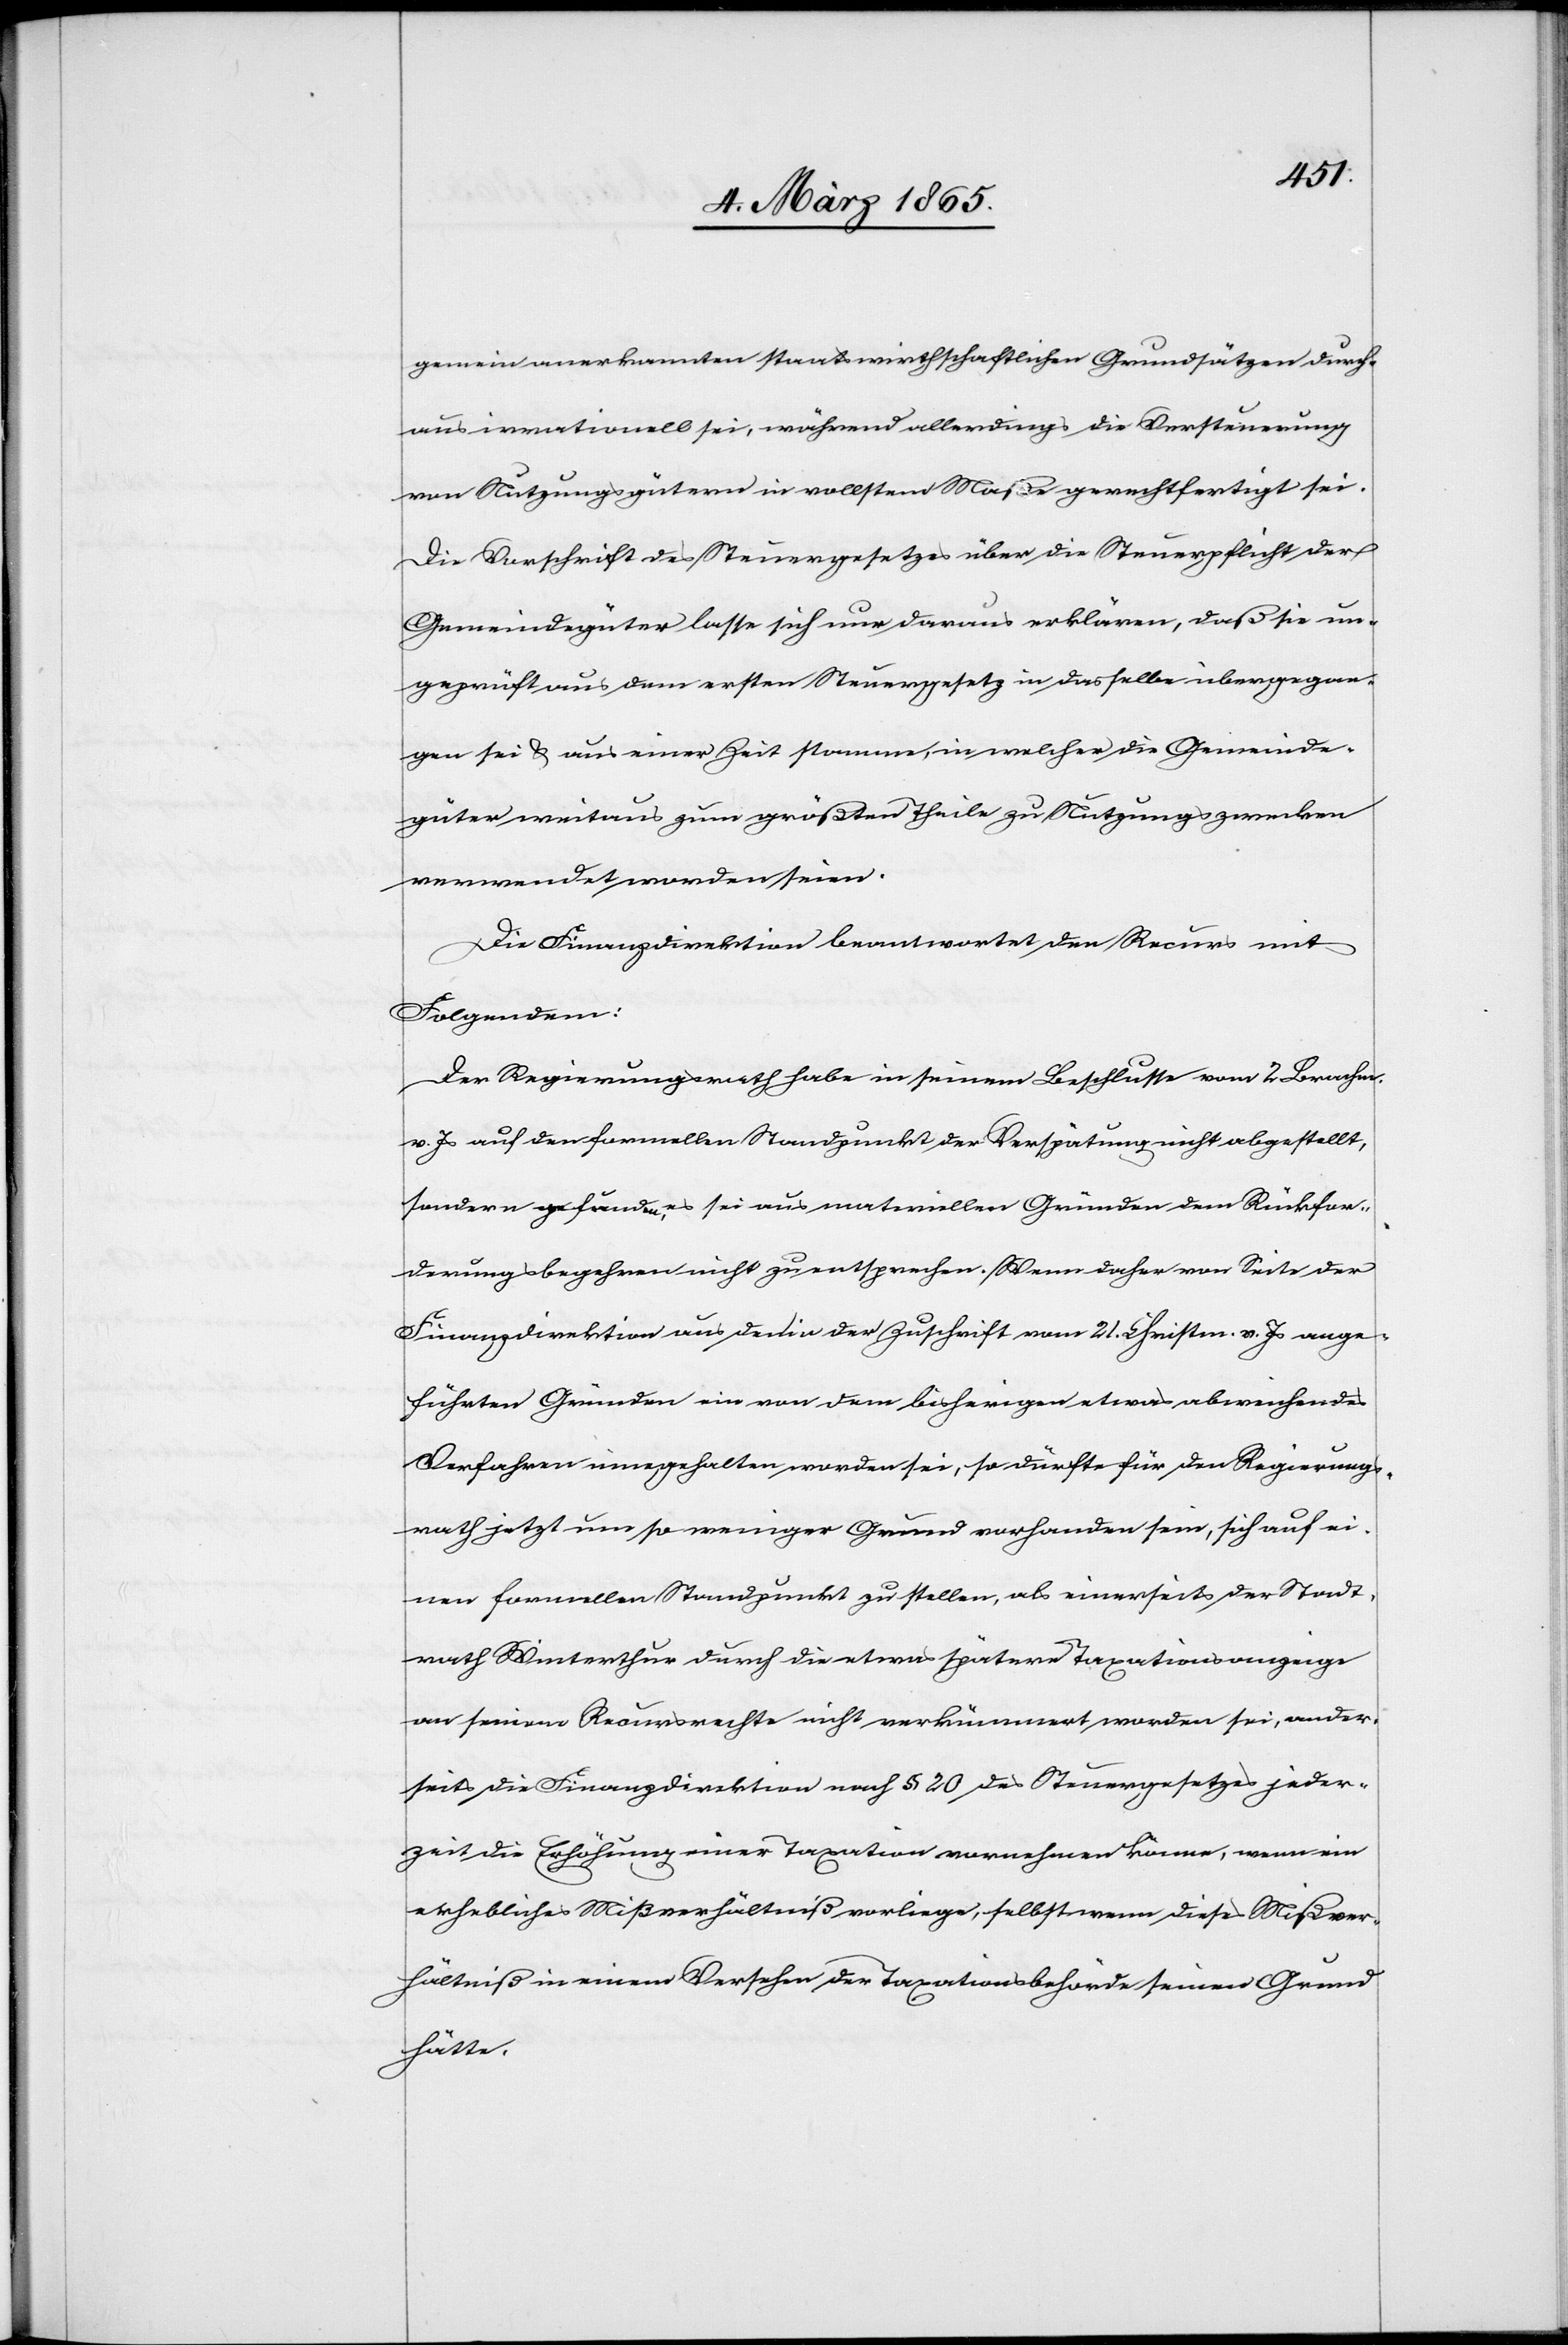
gemein anerkannten staatswirthschaftlichen Grundsätzen durch¬
aus irrationell sei, während allerdings die Versteuerung
von Nutzungsgütern in vollstem Maße gerechtfertigt sei.
Die Vorschrift des Steuergesetzes über die Steuerpflicht der
Gemeindegüter lasse sich nur daraus erklären, daß sie un¬
geprüft aus dem ersten Steuergesetz in dasselbe übergegan¬
gen sei u. aus einer Zeit stamme, in welcher die Gemeinde¬
güter weitaus zum größten Theile zu Nutzungszwecken
verwendet worden seien.
Die Finanzdirektion beantwortet den Recurs mit
Folgendem:
Der Regierungsrath habe in seinem Beschlusse vom 2. Brachm.
v. Js auf den formellen Standpunkt der Verspätung nicht abgestellt,
sondern gefunden, es sei aus materiellen Gründen dem Rückfor¬
derungsbegehren nicht zu entsprechen. Wenn daher von Seite der
Finanzdirektion aus den in der Zuschrift vom 21. Christm. v. Js ange¬
führten Gründen ein von dem bisherigen etwas abweichendes
Verfahren innegehalten worden sei, so dürfte für den Regierungs¬
rath jetzt um so weniger Grund vorhanden sein, sich auf ei¬
nen formellen Standpunkt zu stellen, als einerseits der Stadt¬
rath Winterthur durch die etwas spätere Taxationsanzeige
an seinem Recursrechte nicht verkümmert worden sei, ander¬
seits die Finanzdirektion nach § 20 des Steuergesetzes jeder¬
zeit die Erhöhung einer Taxation vornehmen könne, wenn ein
erhebliches Mißverhältniß vorliege, selbst wenn dieses Mißver¬
hältniß in einem Versehen der Taxationsbehörde seinen Grund
hätte.